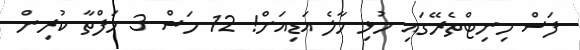
ފަސް މިނިޓްތެރޭގައި މުޅި މާލެ އަޑިއަށް! 12 މަސް 3 ހަފްތާ ކުރިން